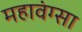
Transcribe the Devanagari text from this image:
महावंग्सा